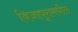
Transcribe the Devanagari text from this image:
विजापूरामधील